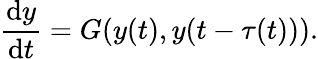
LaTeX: \frac{\mathrm{d}y}{\mathrm{d}t}=G(y(t),y(t-\tau(t))).